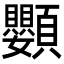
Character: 𩖍